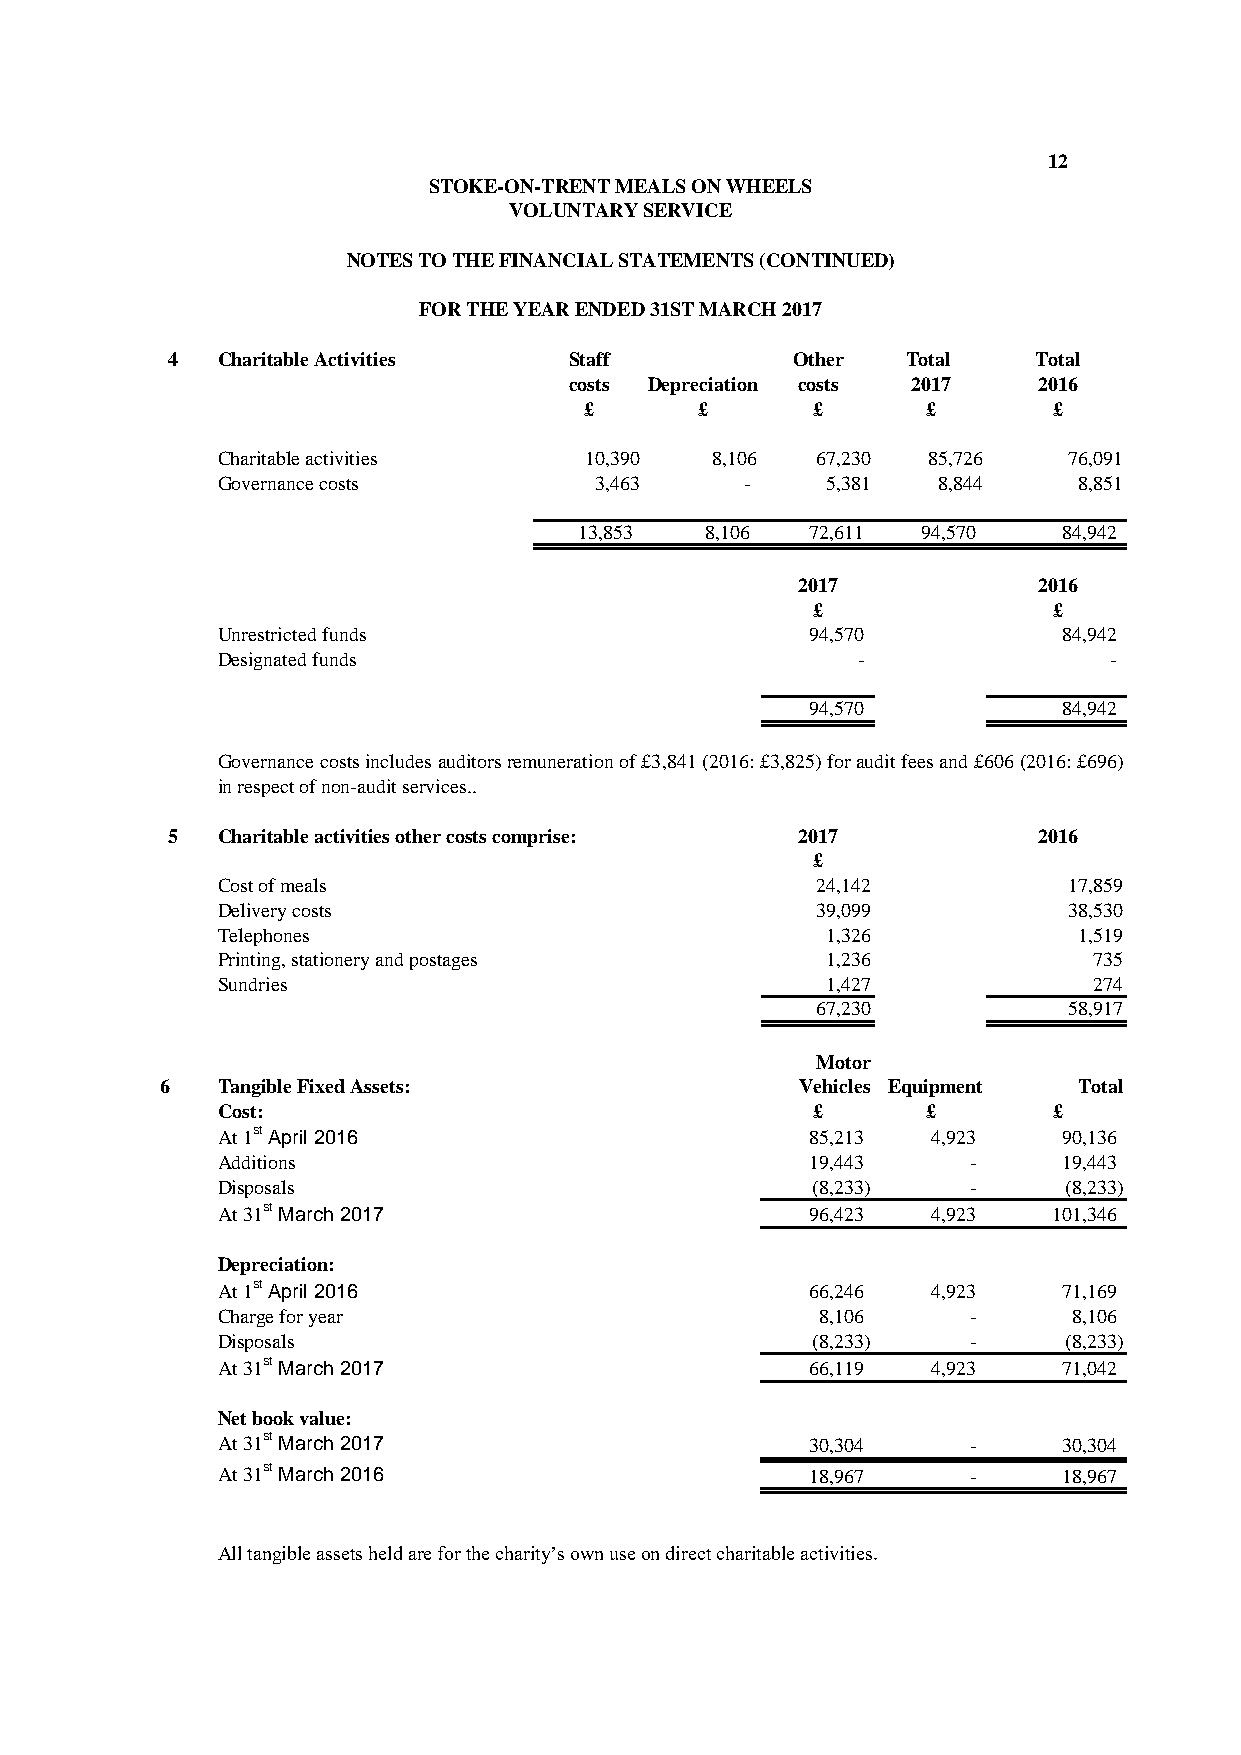
12
 STOKE-ON-TRENT MEALS ON WHEELS
 VOLUNTARY SERVICE
 NOTES TO THE FINANCIAL STATEMENTS (CONTINUED)
 FOR THE YEAR ENDED 31ST MARCH 2017
 4  Charitable Activities   Staff         Other   Total   Total
 costs Depreciation costs 2017  2016
 £      £       £      £        £
 Charitable activities    10,390  8,106  67,230 85,726    76,091
 Governance costs         3,463     -     5,381  8,844    8,851
 1 3,853  8,106  72,611 94,570   8 4,942
 2017            2016
 £               £
 Unrestricted funds                      94,570          84,942
 Designated funds                           -               -
 94,570          84,942
 Governancecostsincludesauditorsremunerationof£3,841(2016:£3,825)forauditfeesand£606(2016:£696)
 in respect of non-audit services..
 5  Charitable activities other costs comprise: 2017       2016
 £
 Cost of meals                           24,142           17,859
 Delivery costs                          39,099           38,530
 Telephones                               1,326           1,519
 Printing, stationery and postages        1,236            735
 Sundries                                 1,427            274
 67,230           58,917
 Motor
 6  Tangible Fixed Assets:                 Vehicles Equipment Total
 Cost:                                   £      £        £
 At 1st April 2016                       85,213  4,923   9 0,136
 Additions                               19,443    -     1 9,443
 Disposals                               (8,233)   -     (8,233)
 At 31st March 2017                      96,423  4,923   1 01,346
 Depreciation:
 At 1st April 2016                       66,246  4,923   7 1,169
 Charge for year                         8,106     -      8 ,106
 Disposals                               (8,233)   -     ( 8,233)
 At 31st March 2017                      6 6,119 4 ,923  7 1,042
 Net book value:
 At 31st March 2017                      3 0,304   -     3 0,304
 At 31st March 2016                      1 8,967   -     1 8,967
 All tangible assets held are for the charity’s own use on direct charitable activities.